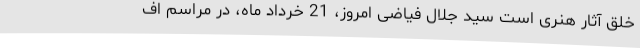
خلق آثار هنری است سید جلال فیاضی امروز، 21 خرداد ماه، در مراسم اف